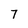
Character: 7